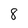
Character: 8